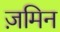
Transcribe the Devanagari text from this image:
ज़मिन